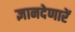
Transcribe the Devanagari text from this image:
ज्ञानदेणारें